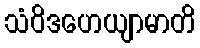
သံဝိဒဟေယျာမာတိ